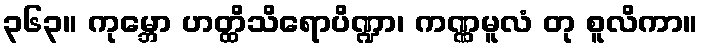
၃၆၃။ ကုမ္ဘော ဟတ္ထိသိရောပိဏ္ဍာ၊ ကဏ္ဏမူလံ တု စူလိကာ။